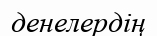
денелердің